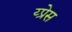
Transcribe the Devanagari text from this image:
य्प्रेस